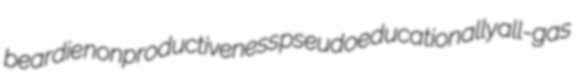
beardie nonproductiveness pseudoeducationally all-gas